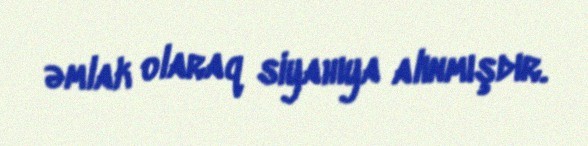
əmlak olaraq siyahıya alınmışdır.